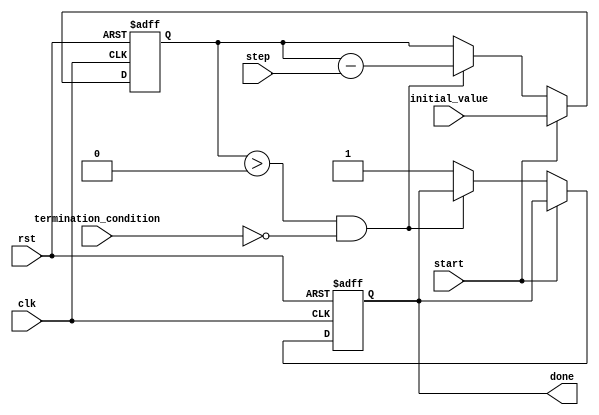
module decremental_for_loop(
    input wire clk,
    input wire rst,
    input wire start,
    input wire step,
    input wire termination_condition,
    input wire [7:0] initial_value,
    output reg done
);

reg [7:0] counter;

always @(posedge clk or posedge rst) begin
    if (rst) begin
        counter <= 0;
        done <= 0;
    end else begin
        if (start) begin
            counter <= initial_value;
        end else begin
            if (counter > 0 && !termination_condition) begin
                counter <= counter - step;
            end else begin
                done <= 1;
            end
        end
    end
end

// Block of code within the loop
always @(posedge clk) begin
    if (!rst && !start && !done && !termination_condition) begin
        // Execute the block of code here
        // Example: 
        // some_variable <= counter;
    end
end

endmodule